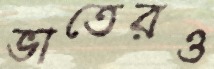
ভাতেরও